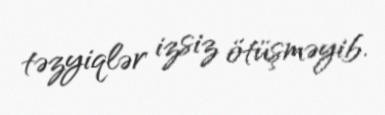
təzyiqlər izsiz ötüşməyib.